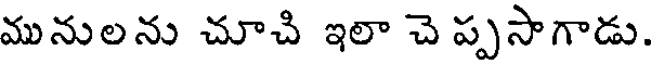
మునులను చూచి ఇలా చె ప్పసాగాడు.